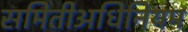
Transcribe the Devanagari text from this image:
समितीअधिनियम